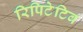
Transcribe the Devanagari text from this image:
रिपिटेटिव